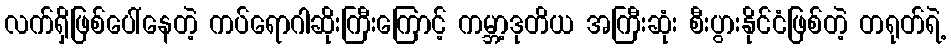
လက်ရှိဖြစ်ပေါ်နေတဲ့ ကပ်ရောဂါဆိုးကြီးကြောင့် ကမ္ဘာ့ဒုတိယ အကြီးဆုံး စီးပွားနိုင်ငံဖြစ်တဲ့ တရုတ်ရဲ့